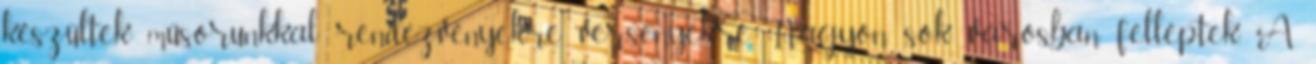
készültek műsorunkkal rendezvényekre, versenyekre. Nagyon sok városban felléptek. A